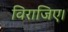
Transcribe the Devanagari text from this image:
विराजिए।